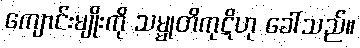
ကျောင်းမျိုးကို သမ္မုတိကုဋိဟု ခေါ်သည်။